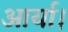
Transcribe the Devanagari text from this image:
आर्या।